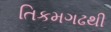
તિકમગઢથી